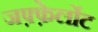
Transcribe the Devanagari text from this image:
जफ़्फ़ेर्लोट